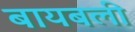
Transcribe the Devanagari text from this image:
बायबली